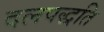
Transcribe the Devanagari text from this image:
दलपद्धति